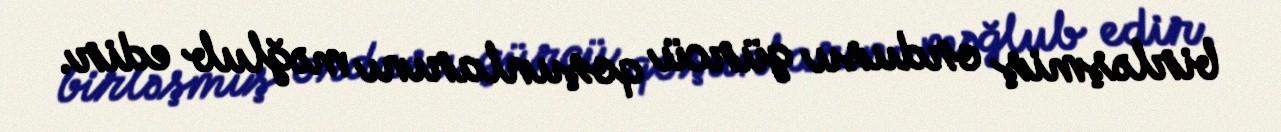
birləşmiş ordusu gürcü qoşunlarını məğlub edir.